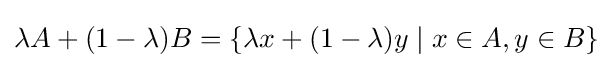
\lambda A+(1-\lambda )B=\{\lambda x+(1-\lambda )y\mid x\in A,y\in B\}